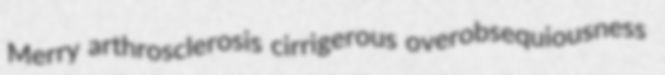
Merry arthrosclerosis cirrigerous overobsequiousness